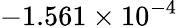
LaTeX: -1.561\times 10^{-4}